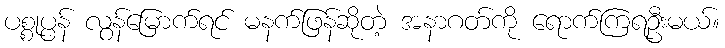
ပစ္စုပ္ပန် လွန်မြောက်ရင် မနက်ဖြန်ဆိုတဲ့ အနာဂတ်ကို ရောက်ကြရဦးမယ်။